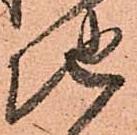
地